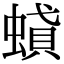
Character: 𧎢